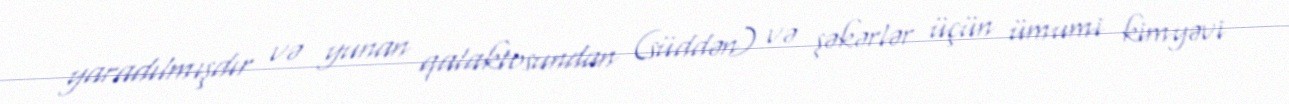
yaradılmışdır və yunan qalaktosundan (süddən) və şəkərlər üçün ümumi kimyəvi